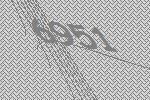
6951